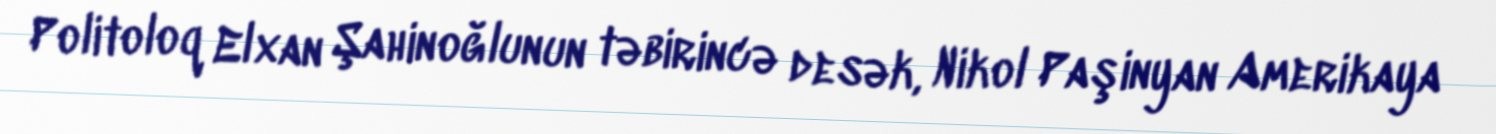
Politoloq Elxan Şahinoğlunun təbirincə desək, Nikol Paşinyan Amerikaya